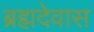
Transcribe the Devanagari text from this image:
ब्रह्मदेवास